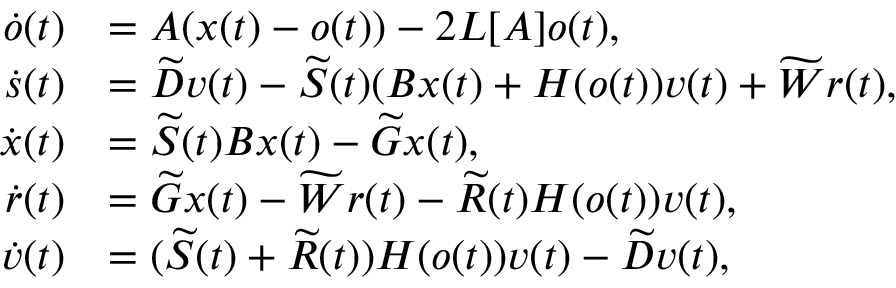
\begin{array} { r l } { \dot { o } ( t ) } & { = A ( x ( t ) - o ( t ) ) - 2 L [ A ] o ( t ) , } \\ { \dot { s } ( t ) } & { = \widetilde D v ( t ) - \widetilde { S } ( t ) ( B x ( t ) + H ( o ( t ) ) v ( t ) + \widetilde W r ( t ) , } \\ { \dot { x } ( t ) } & { = \widetilde { S } ( t ) B x ( t ) - \widetilde G x ( t ) , } \\ { \dot { r } ( t ) } & { = \widetilde G x ( t ) - \widetilde W r ( t ) - \widetilde { R } ( t ) H ( o ( t ) ) v ( t ) , } \\ { \dot { v } ( t ) } & { = ( \widetilde { S } ( t ) + \widetilde { R } ( t ) ) H ( o ( t ) ) v ( t ) - \widetilde D v ( t ) , } \end{array}